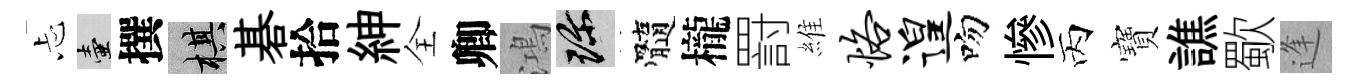
忐壺撰棋碁拾紳全卿鴻珍髓櫳罸維恪遑吻慘丙寶譙歜逢